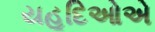
યહૂદિઓએ